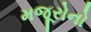
મજૂરોનો